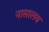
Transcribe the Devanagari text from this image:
नासालय